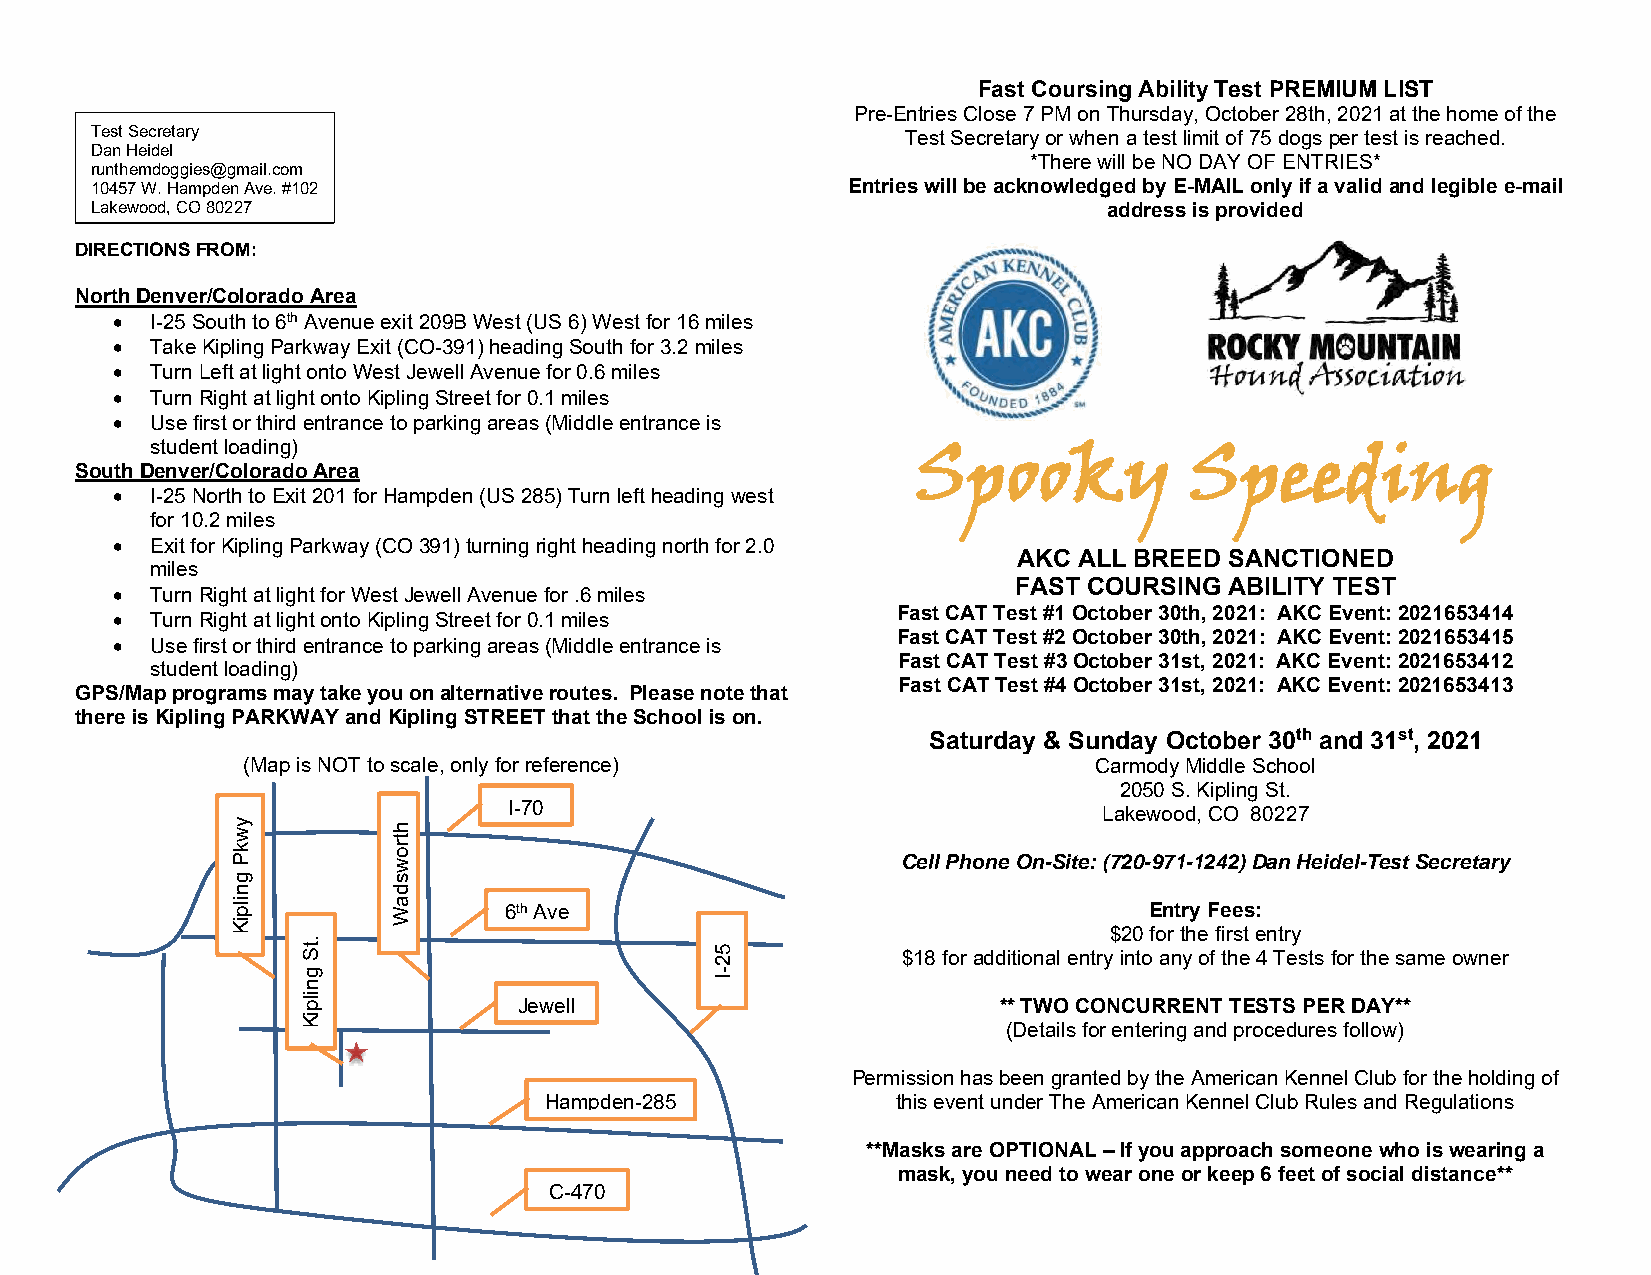
Fast Coursing Ability Test PREMIUM LIST
 Pre-Entries Close 7 PM on Thursday, October 28th, 2021 at the home of the
 Test Secretary                                        Test Secretary or when a test limit of 75 dogs per test is reached.
 Dan Heidel
 *There will be NO DAY OF ENTRIES*
 runthemdoggies@gmail.com
 10457 W. Hampden Ave. #102                        Entries will be acknowledged by E-MAIL only if a valid and legible e-mail
 Lakewood, CO 80227                                                 address is provided
 DIRECTIONS FROM:
 North Denver/Colorado Area
 •  I-25 South to 6th Avenue exit 209B West (US 6) West for 16 miles
 •  Take Kipling Parkway Exit (CO-391) heading South for 3.2 miles
 •  Turn Left at light onto West Jewell Avenue for 0.6 miles
 •  Turn Right at light onto Kipling Street for 0.1 miles
 •  Use first or third entrance to parking areas (Middle entrance is
 student loading)
 South Denver/Colorado Area                              Spooky            Speeding
 •  I-25 North to Exit 201 for Hampden (US 285) Turn left heading west
 for 10.2 miles
 •  Exit for Kipling Parkway (CO 391) turning right heading north for 2.0
 AKC ALL BREED SANCTIONED
 miles
 •  Turn Right at light for West Jewell Avenue for .6 miles  FAST COURSING ABILITY TEST
 •  Turn Right at light onto Kipling Street for 0.1 miles Fast CAT Test #1 October 30th, 2021: AKC Event: 2021653414
 •  Use first or third entrance to parking areas (Middle entrance is Fast CAT Test #2 October 30th, 2021: AKC Event: 2021653415
 Fast CAT Test #3 October 31st, 2021: AKC Event: 2021653412
 student loading)
 Fast CAT Test #4 October 31st, 2021: AKC Event: 2021653413
 GPS/Map programs may take you on alternative routes. Please note that
 there is Kipling PARKWAY and Kipling STREET that the School is on.
 Saturday & Sunday October 30th and 31st, 2021
 (Map is NOT to scale, only for reference)               Carmody Middle School
 2050 S. Kipling St.
 I-70
 Lakewood, CO 80227
 Cell Phone On-Site: (720-971-1242) Dan Heidel-Test Secretary
 6th Ave                                    Entry Fees:
 $20 for the first entry
 $18 for additional entry into any of the 4 Tests for the same owner
 Jewell                          ** TWO CONCURRENT TESTS PER DAY**
 (Details for entering and procedures follow)
 Permission has been granted by the American Kennel Club for the holding of
 Hampden-285            this event under The American Kennel Club Rules and Regulations
 **Masks are OPTIONAL – If you approach someone who is wearing a
 mask, you need to wear one or keep 6 feet of social distance**
 C-470
 ywkP
 gnilpiK
 .tS
 gnilpiK
 htrowsdaW
 52-I